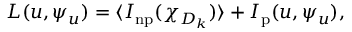
\begin{array} { r } { L ( u , \psi _ { u } ) = \langle I _ { \mathrm { n p } } ( \chi _ { D _ { k } } ) \rangle + I _ { \mathrm { p } } ( u , \psi _ { u } ) , } \end{array}